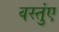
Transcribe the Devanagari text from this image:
वस्तुंए